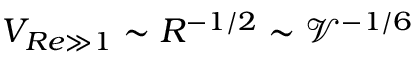
V _ { R e \gg 1 } \sim R ^ { - 1 / 2 } \sim \mathcal { V } ^ { - 1 / 6 }